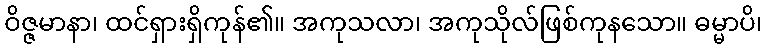
ဝိဇ္ဇမာနာ၊ ထင်ရှားရှိကုန်၏။ အကုသလာ၊ အကုသိုလ်ဖြစ်ကုနသော။ ဓမ္မာပိ၊